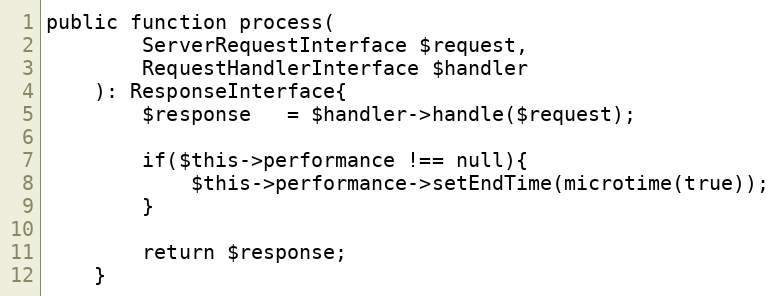
Language: PHP
public function process(
        ServerRequestInterface $request,
        RequestHandlerInterface $handler
    ): ResponseInterface{
        $response   = $handler->handle($request);

        if($this->performance !== null){
            $this->performance->setEndTime(microtime(true));
        }

        return $response;
    }